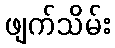
ဖျက်သိမ်း